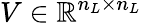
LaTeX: V\in\mathbb{R}^{n_{L}\times n_{L}}